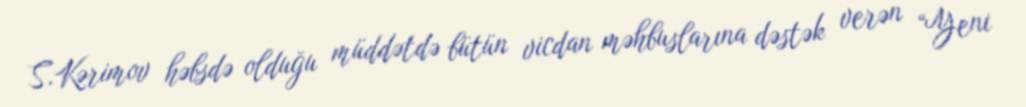
S.Kərimov həbsdə olduğu müddətdə bütün vicdan məhbuslarına dəstək verən “Yeni